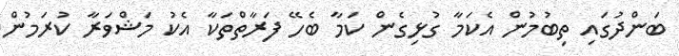
ބަންދުގައި ތިބުމުން އެކަމާ ގުޅިގެން ކަމާ ބެހޭ ފަރާތްތަކާ އެކު މަޝްވަރާ ކުރަމުން